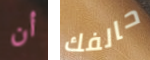
أن حالفك